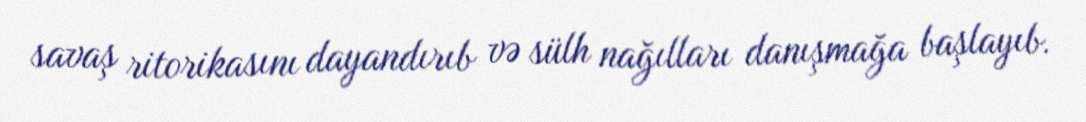
savaş ritorikasını dayandırıb və sülh nağılları danışmağa başlayıb.